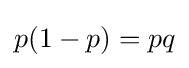
p(1-p)=pq